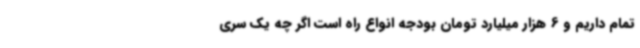
تمام داریم و 6 هزار میلیارد تومان بودجه انواع راه است اگر چه یک سری